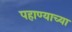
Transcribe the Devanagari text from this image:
पहाण्याच्या